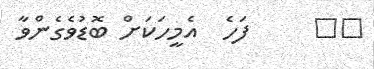
٢٤     ފަހެ  އެމީހަކަށް ބޮޑުވެގެންވާ